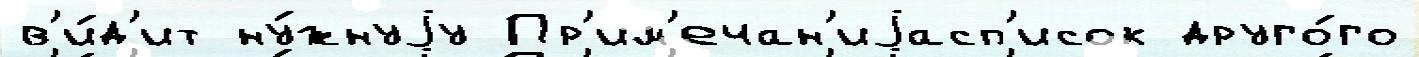
в'и́д'ит ну́жнуjу Пр'им'ечан'иjасп'исок друго́го